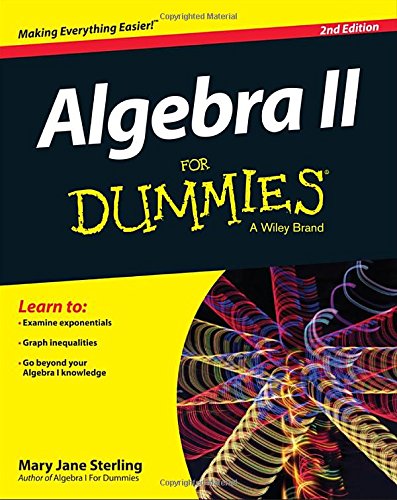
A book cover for Algebra II For Dummies; Mary Jane Sterling; Science & Math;